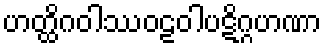
ဟတ္ထိဂဝါဿဝဠဝါပဋိဂ္ဂဟဏာ